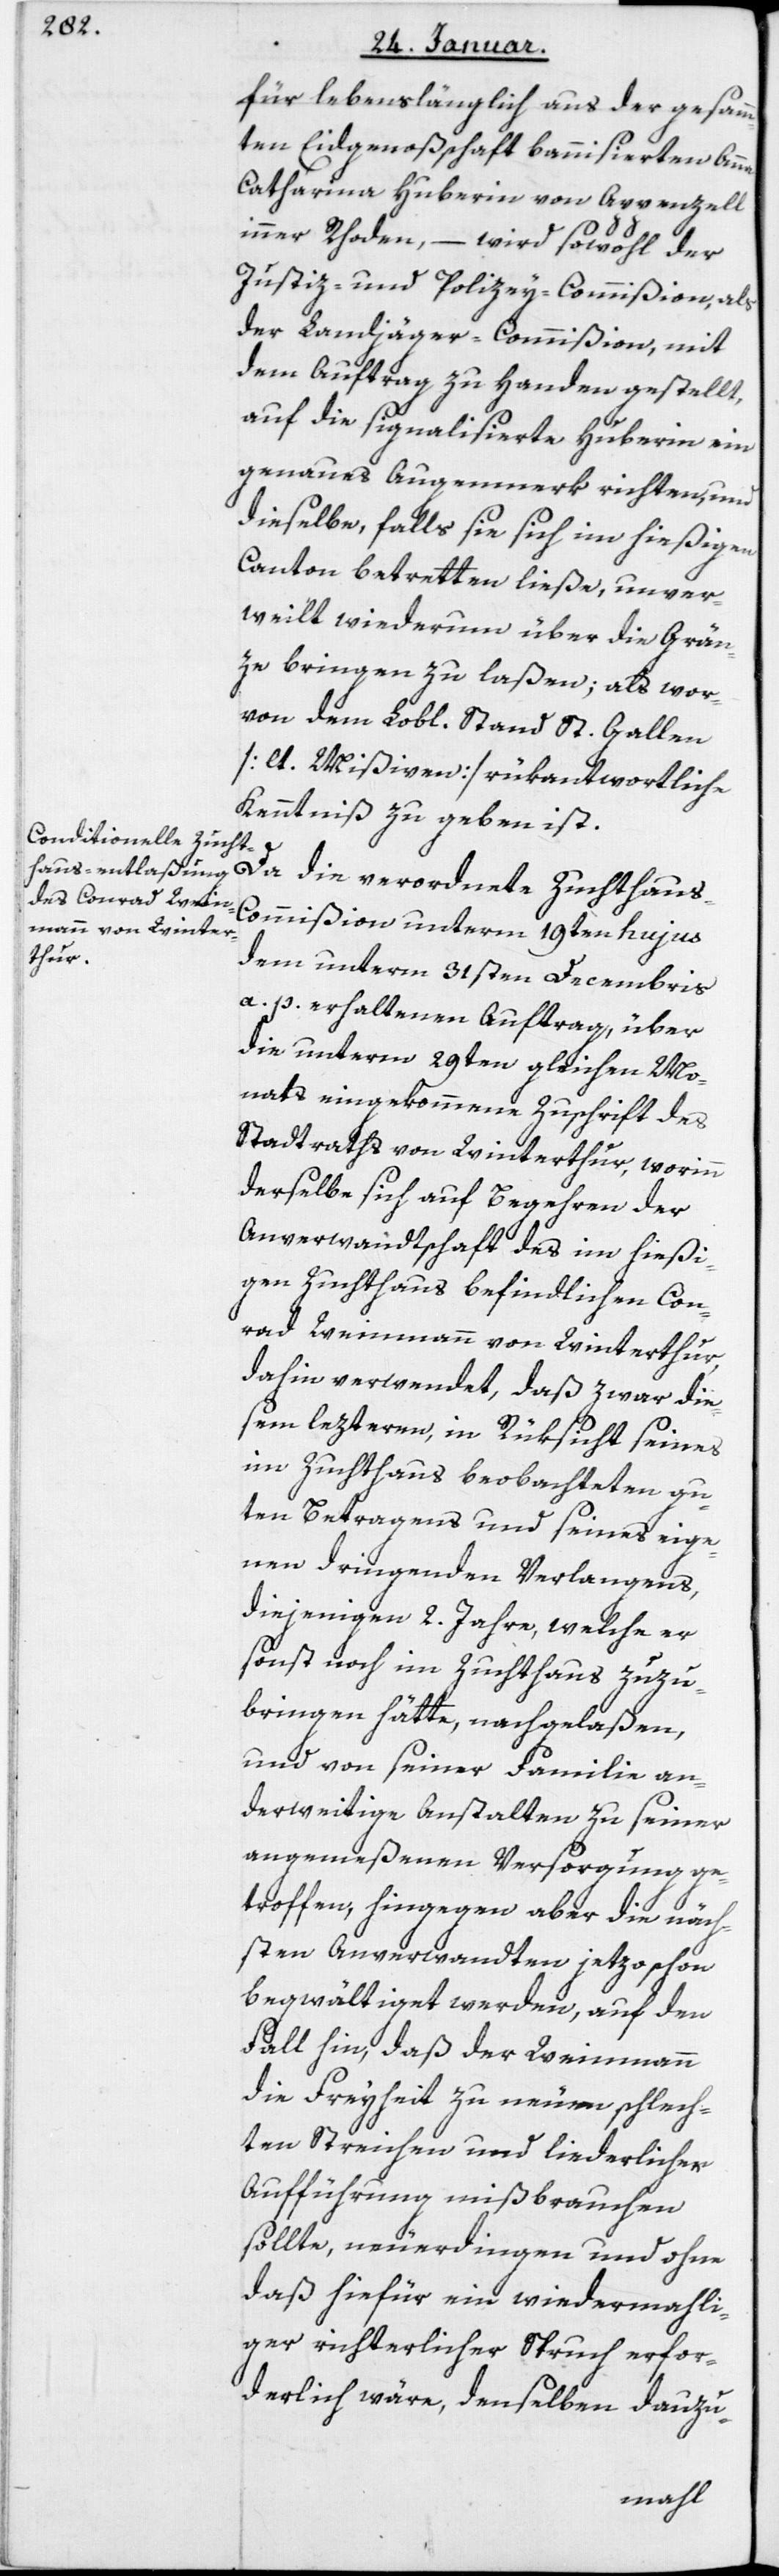
für lebenslänglich aus der gesam¬
ten Eidgenoßenschaft bannisierten Anna
Catharina Huberin von Appenzell
inner Rhoden, – wird sowohl der
Justiz- und Polizey-Commißion als
der Landjäger-Commißion, mit
dem Auftrag zu Handen gestellt,
auf die signalisierte Huberin ein
genaues Augenmerk richten, und
dieselbe, falls sie sich im hießigen
Canton betretten ließe, unver¬
weilt wiederum über die Grän¬
ze bringen zu laßen, als wor¬
von dem Lobl. Stand St. Gallen
[lt. Mißiven] rükantwortliche
Kenntniß zu geben ist.
Da die verordnete Zuchthau¬
s-Commißion unterm 19ten hujus
dem unterm 31sten Decembris
a. p. erhaltenen Auftrag über
die unterm 29ten gleichen Mo¬
nats eingekommene Zuschrift des
Stadtraths von Winterthur, worinn
derselbe sich auf Begehren der
Anverwandtschaft des im hießi¬
gen Zuchthaus befindlichen Con¬
rad Weinmann von Winterthur
dahin verwendet, daß zwar die¬
sem leztern, in Rüksicht seines
im Zuchthaus beobachteten gu¬
ten Betragens und seines eige¬
nen dringenden Verlangens,
diejenigen 2 Jahre, welche er
sonst noch im Zuchthaus zuzu¬
bringen hätte, nachgelaßen,
und von seiner Familie an¬
derweitige Anstalten zu seiner
angemeßenen Versorgung ge¬
troffen, hingegen aber die näch¬
sten Anverwandten jetzo schon
begwältiget werden, auf den
Fall hin, daß der Weinmann
die Freyheit zu neuen schlech¬
ten Streichen und liederlicher
Aufführung mißbrauchen
sollte, neuerdingen und ohne
daß hiefür ein wiedermahli¬
ger richterlicher Spruch erfor¬
derlich wäre, denselben dannzu-